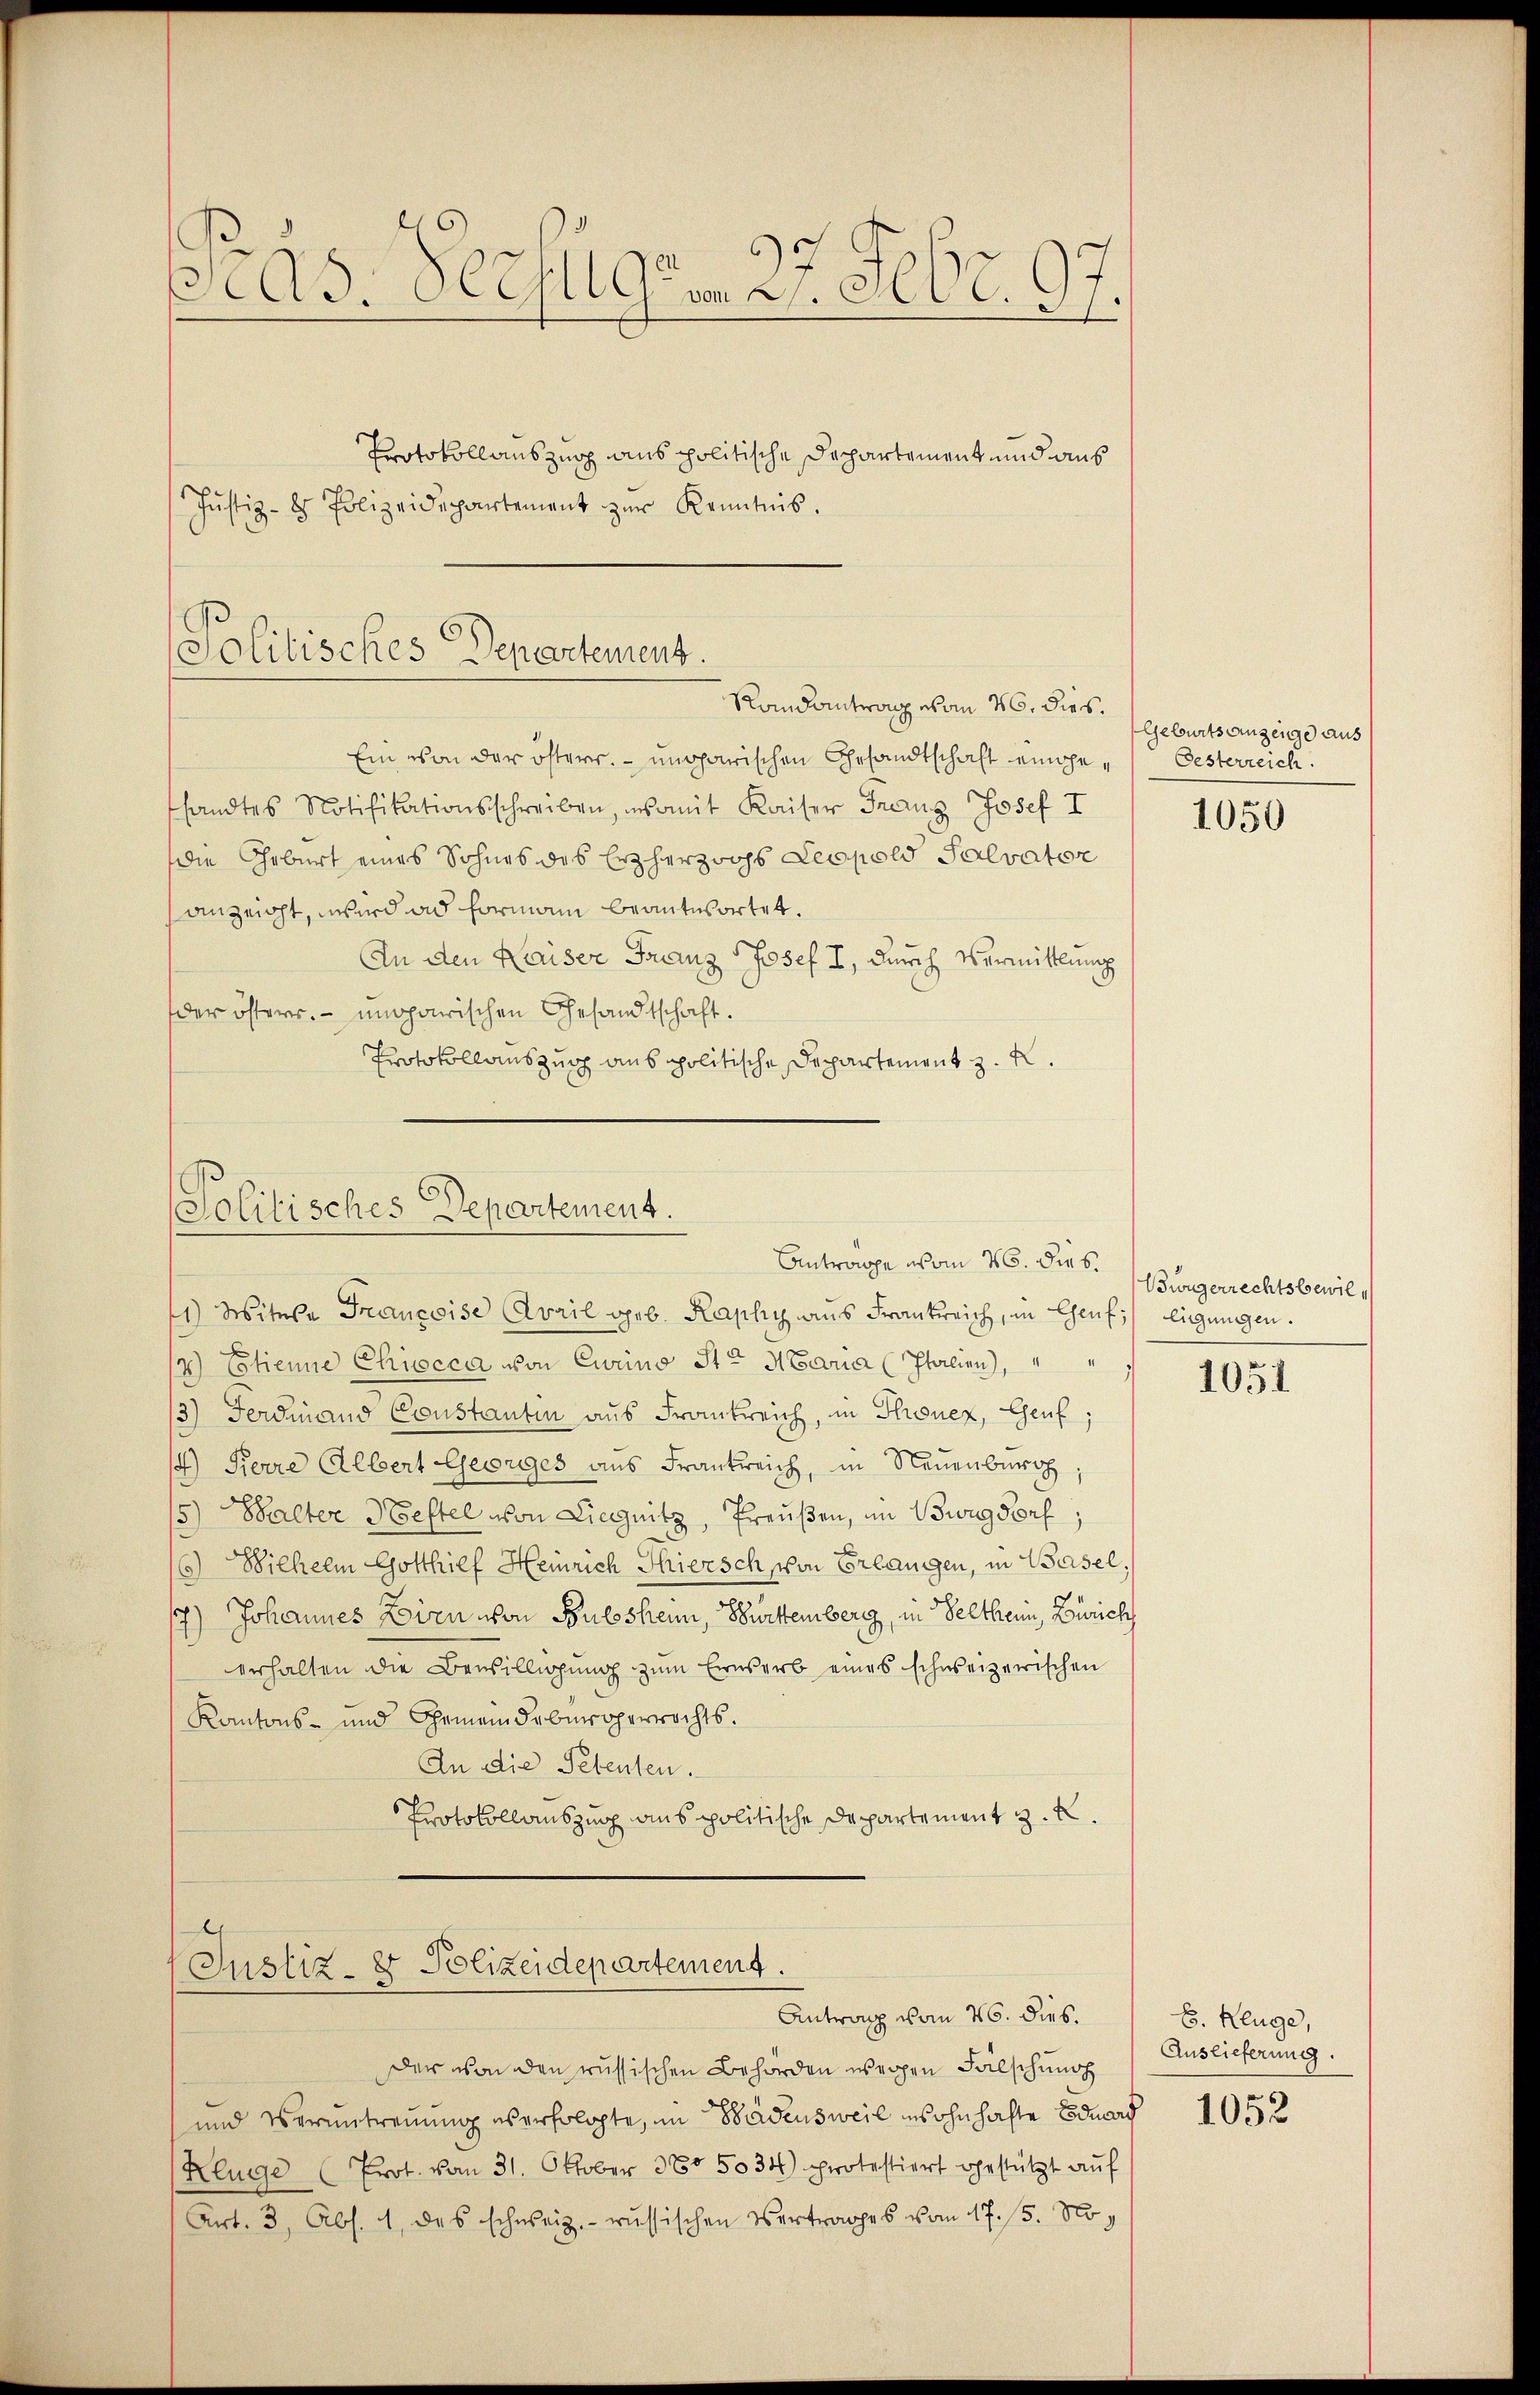
Pras. Seesugen 27. Febr. 97.
Protokollauszug aus politische Departement und aus
Justiz- & Polizeidepartement zŭr Kenntnis.

Politisches Departement.
Randantrag von 16. dies

Ein von der österr. ungarischen Gesandtschaft einge-Oesterreich
sandtes Notifikationsschreiben, somit Kaiser Franz Josef I
die Geburt eines Sohnes des Erzherzochs Leopold Salvator
anzeigt, wird ad Formann beantwortet.
An den Kaiser Franz Josef I, durch Vermittlung
der österr. ungarischen Gesandtschaft.
Protokollauszug aus politische Departement z. R.

Politisches Departement.
Antrage vom 26. dies.

2
Justiz- & Polizeidepartement.
Antrag vom 26. dies.

Der von den russischen Behörden wegen Fälschung

1) Witwe Francoise Avail geb. Kasky aus Frankreich, in Chauf; eigungen.
14) Etienne Chiocca von Curino St. Maria (Italien),
3) Ferdinand Constantin aus Frankreich, in Thonez, Genf;
14) Ferre Albert Georges aus Frankreich, in Neuenburg,
5) Balter Heftel von Liegnitz, Preußen, im Bwagdorf;
6) Wilhelm Gotthilf Heinrich Thiersch schon Erlangen, in Basel,
7.) Johannes Zorn von Bulshein, Württemberg, in Velthern, Zürich
erhalten die Bewilligung zum Erwerb eines schweizerischen
Kantons- und Gemeindebürgerrechts.
An die Petenten.
Protokollauszug aus politische Departement z. B.

und Veruntreuung es erfolgte, im Badensweil insohnhafte Eduard 1052
Kluge (Prot. vom 31. Oktober 385. 5034) protestiert gestützt auf
(Art. 3, Abs. 4 des schweiz.- russischen Vertrages vom 17. 5. No¬

Geburtsanzeige aus

1050

Bürgerrechtsbewil¬

1051

B. Kluge,
Auslieferung.